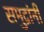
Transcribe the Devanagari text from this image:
समुद्रांनी